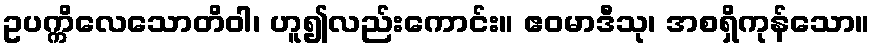
ဥပက္ကိလေသောတိဝါ၊ ဟူ၍လည်းကောင်း။ ဧဝမာဒီသု၊ အစရှိကုန်သော။